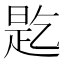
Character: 𬼲